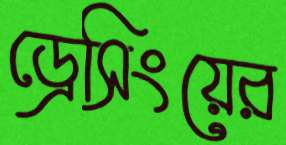
ড্রেসিংয়ের